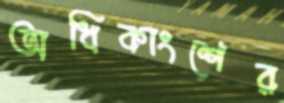
অধিকাংশের